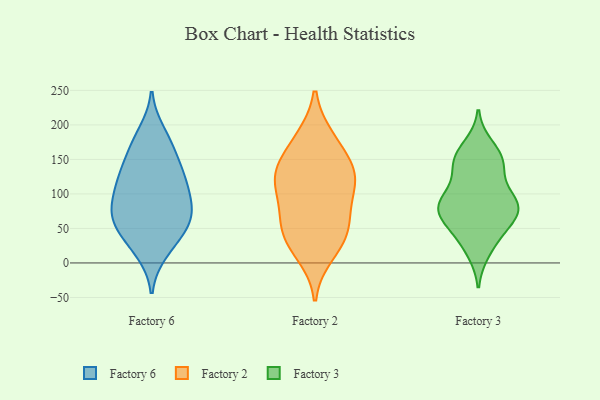
{"axis": {"x": "Page Views", "y": "Value"}, "legend": ["Factory 2", "Factory 3", "Factory 6"], "data": [{"x": "", "y": 108, "type": "Factory 6"}, {"x": "", "y": 170, "type": "Factory 6"}, {"x": "", "y": 74, "type": "Factory 6"}, {"x": "", "y": 71, "type": "Factory 6"}, {"x": "", "y": 137, "type": "Factory 6"}, {"x": "", "y": 120, "type": "Factory 6"}, {"x": "", "y": 63, "type": "Factory 6"}, {"x": "", "y": 79, "type": "Factory 6"}, {"x": "", "y": 175, "type": "Factory 6"}, {"x": "", "y": 52, "type": "Factory 6"}, {"x": "", "y": 53, "type": "Factory 6"}, {"x": "", "y": 188, "type": "Factory 6"}, {"x": "", "y": 94, "type": "Factory 6"}, {"x": "", "y": 137, "type": "Factory 6"}, {"x": "", "y": 47, "type": "Factory 6"}, {"x": "", "y": 16, "type": "Factory 6"}, {"x": "", "y": 101, "type": "Factory 6"}, {"x": "", "y": 22, "type": "Factory 6"}, {"x": "", "y": 133, "type": "Factory 6"}, {"x": "", "y": 61, "type": "Factory 2"}, {"x": "", "y": 102, "type": "Factory 2"}, {"x": "", "y": 53, "type": "Factory 2"}, {"x": "", "y": 13, "type": "Factory 2"}, {"x": "", "y": 133, "type": "Factory 2"}, {"x": "", "y": 31, "type": "Factory 2"}, {"x": "", "y": 38, "type": "Factory 2"}, {"x": "", "y": 181, "type": "Factory 2"}, {"x": "", "y": 77, "type": "Factory 2"}, {"x": "", "y": 117, "type": "Factory 2"}, {"x": "", "y": 142, "type": "Factory 2"}, {"x": "", "y": 120, "type": "Factory 2"}, {"x": "", "y": 178, "type": "Factory 2"}, {"x": "", "y": 133, "type": "Factory 2"}, {"x": "", "y": 138, "type": "Factory 3"}, {"x": "", "y": 73, "type": "Factory 3"}, {"x": "", "y": 88, "type": "Factory 3"}, {"x": "", "y": 136, "type": "Factory 3"}, {"x": "", "y": 83, "type": "Factory 3"}, {"x": "", "y": 85, "type": "Factory 3"}, {"x": "", "y": 92, "type": "Factory 3"}, {"x": "", "y": 100, "type": "Factory 3"}, {"x": "", "y": 148, "type": "Factory 3"}, {"x": "", "y": 17, "type": "Factory 3"}, {"x": "", "y": 76, "type": "Factory 3"}, {"x": "", "y": 151, "type": "Factory 3"}, {"x": "", "y": 60, "type": "Factory 3"}, {"x": "", "y": 26, "type": "Factory 3"}, {"x": "", "y": 169, "type": "Factory 3"}, {"x": "", "y": 154, "type": "Factory 3"}, {"x": "", "y": 47, "type": "Factory 3"}, {"x": "", "y": 57, "type": "Factory 3"}, {"x": "", "y": 82, "type": "Factory 3"}]}